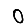
Digit: 0